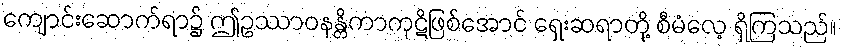
ကျောင်းဆောက်ရာ၌ ဤဥဿာဝနန္တိကာကုဋိဖြစ်အောင် ရှေးဆရာတို့ စီမံလေ့ ရှိကြသည်။